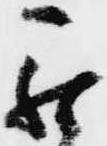
罷